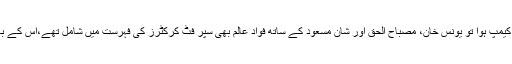
مئی 2016میں کاکول اکیڈمی میں آرمی ٹرینرز کے زیر نگرانی کیمپ ہوا تو یونس خان، مصباح الحق اور شان مسعود کے ساتھ فواد عالم بھی سپر فٹ کرکٹرز کی فہرست میں شامل تھے،اس کے باوجود دورئہ انگلینڈ کے لیے کسی اسکواڈ میں جگہ نہیں بنا سکے۔